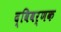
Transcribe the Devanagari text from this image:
द्विवर्णक